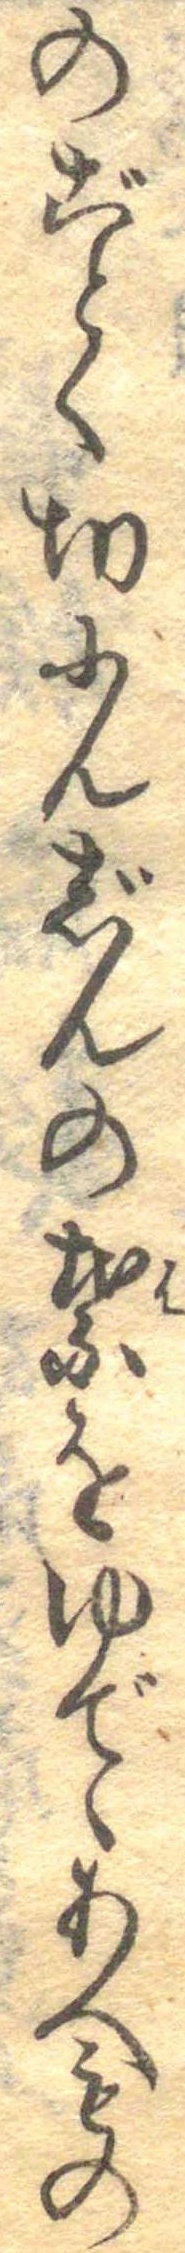
のごとく切にんじんの葉をゆでゝあへもの